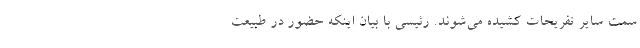
سمت سایر تفریحات کشیده می‌شوند. رئیسی با بیان اینکه حضور در طبیعت